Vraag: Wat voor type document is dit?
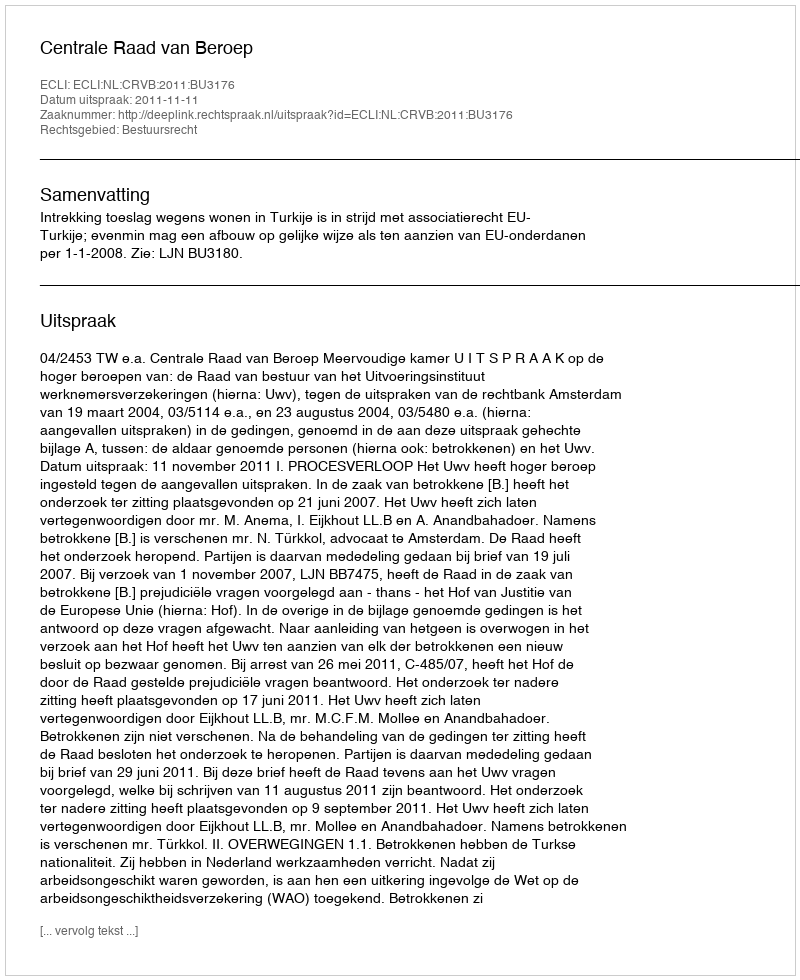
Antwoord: Uitspraak